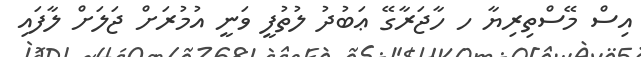
އިސް މޭސްތިރިޔާ ހ ހާޖަރާގޭ ޢަބުދު ލުތުފީ ވަނީ އުމުރަށް ޖަލަށް ލާފައި